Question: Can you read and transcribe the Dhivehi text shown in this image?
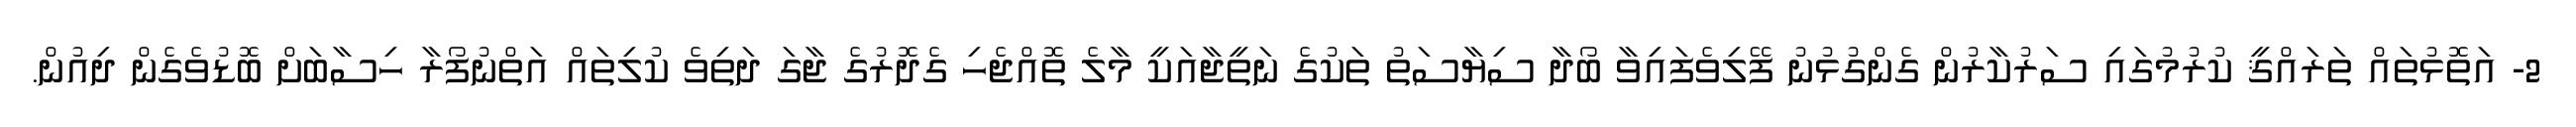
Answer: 2- އަތޮޅުތައް ތަރައްޤީ ކުރުމުގައި ސަރުކާރުން ގެންގުޅުނު ފޭލިވެފައިވާ ބޯދާ ސިޔާސަތު ތަކުގެ ނަތީޖާއަކީ މާލެ ތޮއްޖެހި ގެދޮރުގެ ޖާގަ ދަތިވެ ކުލިތައް އަތްނުފޯރާ ހިސާބަށް ބޮޑުވެގެން ދިއުން.